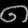
Digit: ၈